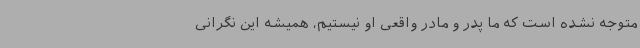
متوجه نشده‌ است که ما پدر و مادر واقعی او نیستیم، همیشه این نگرانی